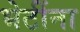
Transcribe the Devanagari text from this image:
भेटींना